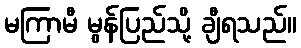
မကြာမီ မွန်ပြည်သို့ ချီရသည်။